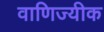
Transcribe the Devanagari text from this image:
वाणिज्यीक